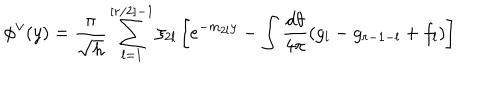
\phi ^ { \vee } ( y ) = \frac { \pi } { \sqrt { h } } \sum _ { l = 1 } ^ { [ r / 2 ] - 1 } \xi _ { 2 l } \left[ e ^ { - m _ { 2 l } y } - \int \frac { d \theta } { 4 \pi } ( g _ { l } - g _ { r - 1 - l } + f _ { l } ) \right]